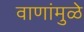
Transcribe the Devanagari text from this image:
वाणांमुळे